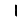
Digit: 1